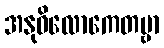
အနုဝိလောကေတဗ္ဗာ